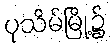
ပုသိမ်မြို့၌